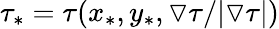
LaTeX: \tau_{*}=\tau(x_{*},y_{*},\triangledown\tau/|\triangledown\tau|)